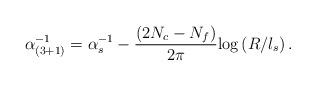
LaTeX: \begin{align*}\alpha^{-1}_{(3+1)} = \alpha_s^{-1} - \frac{(2N_c - N_f)}{2 \pi}\mbox{log} \left(R/l_s\right).\end{align*}